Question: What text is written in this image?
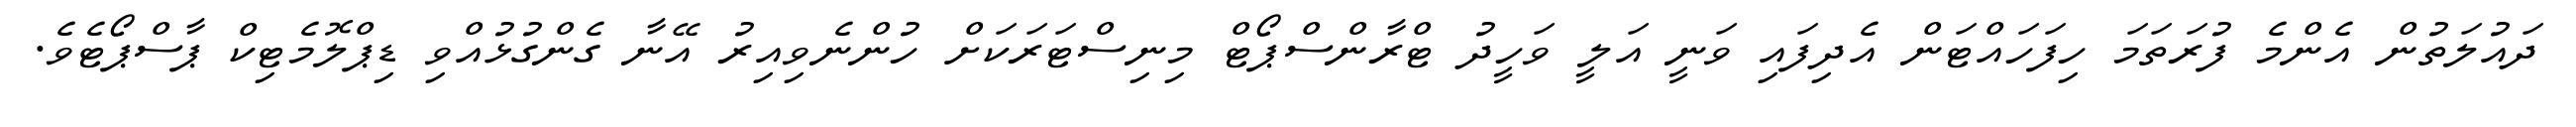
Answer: ދައުލަތުން އެންމެ ފުރަތަމަ ހިފަހައްޓަން އެދިފައި ވަނީ އަލީ ވަހީދު ޓްރާންސްޕޯޓް މިނިސްޓަރަކަށް ހުންނެވިއިރު އޭނާ ގެންގުޅުއްވި ޑިޕްލޮމެޓިކް ޕާސްޕޯޓެވެ.